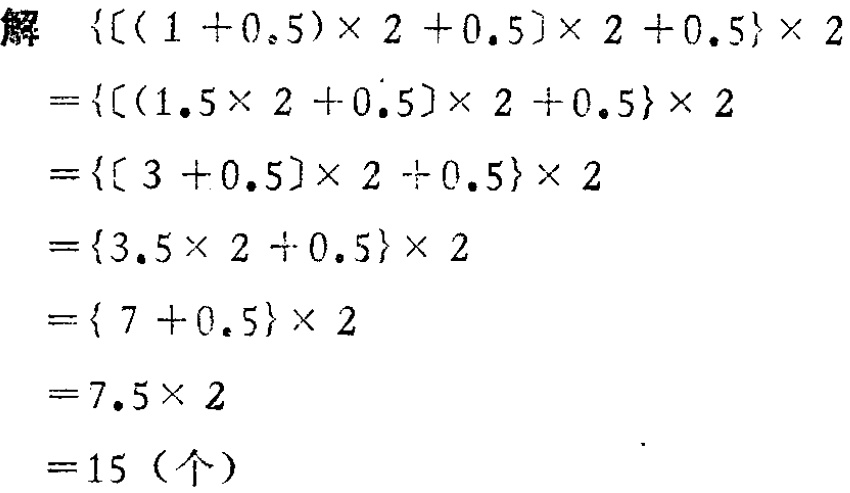
\[

\begin{align*}

&\{[(1 + 0.5)\times 2+0.5]\times 2 + 0.5\}\times 2\\

=&\{[(1.5\times 2 + 0.5)]\times 2+0.5\}\times 2\\

=&\{[3 + 0.5]\times 2+0.5\}\times 2\\

=&\{3.5\times 2+0.5\}\times 2\\

=&\{7 + 0.5\}\times 2\\

=&7.5\times 2\\

=&15 (\text{个})

\end{align*}

\]